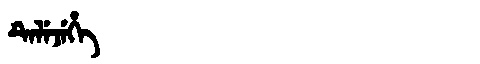
Manchu: ᡨᡝᠯᡝᠵᡝᡥᡝ
Romanization: TELEJEHE